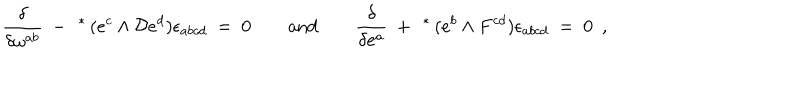
LaTeX: \frac { \delta } { \delta \omega ^ { a b } } ~ - ~ \, { ^ * { \hspace { - 1 . 5 p t } } } \, ( e ^ { c } \wedge { \cal D } e ^ { d } ) \epsilon _ { a b c d } { } ~ = ~ 0 \qquad \mathrm { a n d } \qquad \frac { \delta } { \delta e ^ { a } } ~ + ~ \, { ^ * { \hspace { - 1 . 5 p t } } } \, ( e ^ { b } \wedge { } F ^ { c d } ) \epsilon _ { a b c d } ~ = ~ 0 \ \ ,